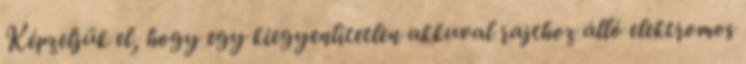
Képzeljük el, hogy egy kiegyenlítetlen akkuval rajthoz álló elektromos